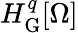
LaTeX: H_{\mathrm{G}}^{q}[\Omega]